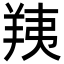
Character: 羠